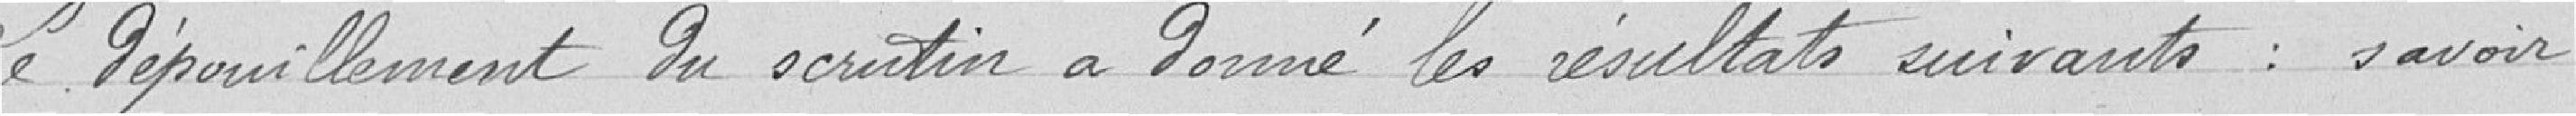
Le dépouillement du scrutin a donné les résultats suivant : savoir